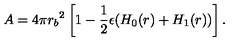
A = 4 \pi { r _ { b } } ^ { 2 } \left[ 1 - \frac { 1 } { 2 } \epsilon ( H _ { 0 } ( r ) + H _ { 1 } ( r ) ) \right] .